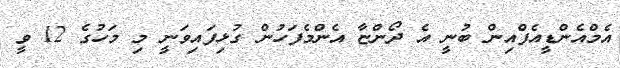
އެމްއެންޑީއެފްއިން ބުނީ އެ ދޯންޏާ އެންމެފަހުން ގުޅިފައިވަނީ މި މަހުގެ 12 ވީ